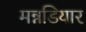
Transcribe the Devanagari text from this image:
मन्नडियार